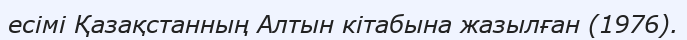
есімі Қазақстанның Алтын кітабына жазылған (1976).